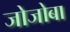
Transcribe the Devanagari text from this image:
जोजोबा